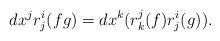
LaTeX: \begin{align*}dx^{j}r_{j}^{i}(fg)=dx^{k}(r_{k}^{j}(f)r^{i}_{j}(g)).\end{align*}